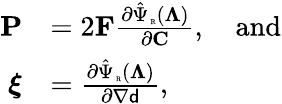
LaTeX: \begin{array}{rl}{\mathbf{P}}&{=2\mathbf{F}\frac{\partial\hat{\Psi}_{\mathrm{\tiny~R}}(\boldsymbol{\Lambda})}{\partial\mathbf{C}},\quad\mathrm{and}}\\ {\boldsymbol{\xi}}&{=\frac{\partial\hat{\Psi}_{\mathrm{\tiny~R}}(\boldsymbol{\Lambda})}{\partial\nabla{\mathsf{d}}},}\end{array}